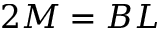
2 M = B L